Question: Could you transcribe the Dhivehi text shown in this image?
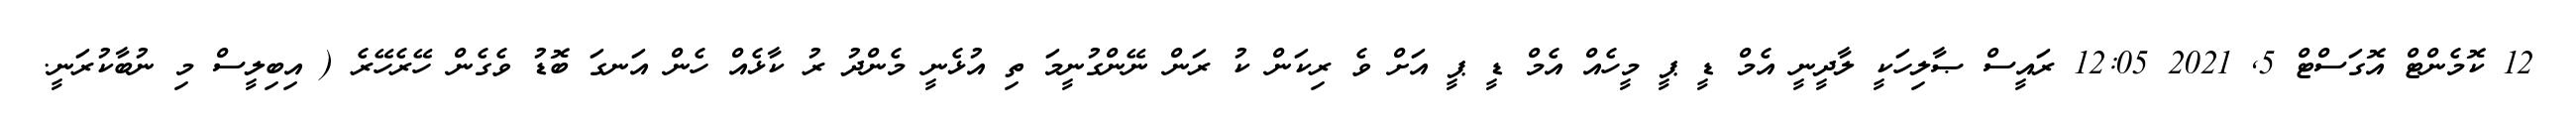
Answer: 12 ކޮމެންޓް އޮގަސްޓް 5, 2021 12:05 ރައީސް ޞާލިހަކީ ލާދީނީ އެމް ޑީ ޕީ މީހެއް އެމް ޑީ ޕީ އަށް ވެ ރިކަން ކު ރަން ނޭންގުނީމަ ތި އުޅެނީ މެންދު ރު ކާޅެއް ހެން އަނގަ ބޮޑު ވެގެން ހޭރެހޭރެ ( އިބިލީސް މި ނުބާކުރަނީ.